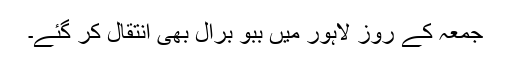
جمعہ کے روز لاہور میں ببو برال بھی انتقال کر گئے۔